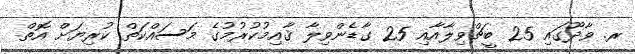
ރ. ވާދޫގައި 25 ބީޗްވިލާއާއި 25 ގާޑެންވިލާ ޤާއިމުކުރުމުގެ މަސައްކަތް ކުރިޔަށް އޮތް